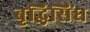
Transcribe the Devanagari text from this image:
बृद्धिसिंघ